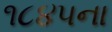
૧૮૪૫ના